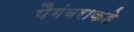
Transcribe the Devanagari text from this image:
पैगंबराकडे